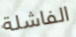
الفاشلة